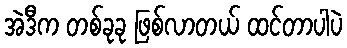
အဲဒီက တစ်ခုခု ဖြစ်လာတယ် ထင်တာပါပဲ